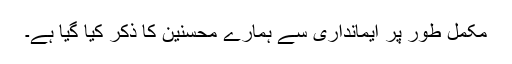
مکمل طور پر ایمانداری سے ہمارے محسنین کا ذکر کیا گیا ہے۔